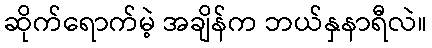
ဆိုက်ရောက်မဲ့ အချိန်က ဘယ်နှနာရီလဲ။